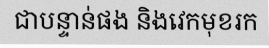
ជាបន្ទាន់ផង និងវេកមុខរក